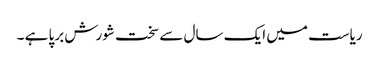
ریاست میں ایک سال سے سخت شورش برپا ہے ۔